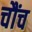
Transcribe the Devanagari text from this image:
चौंच